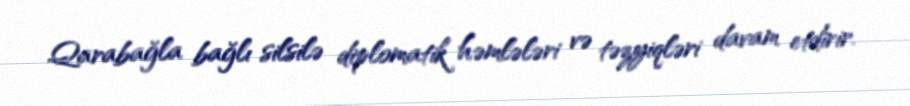
Qarabağla bağlı silsilə diplomatik həmlələri və təzyiqləri davam etdirir.